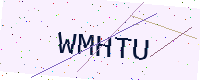
Text: WMHTU